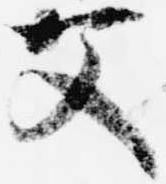
父